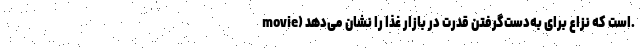
movie) است که نزاع برای به‌دست‌گرفتن قدرت در بازار غذا را نشان می‌دهد.